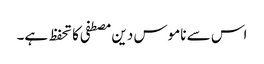
اس سے ناموس دین مصطفی کا تحفظ ہے۔